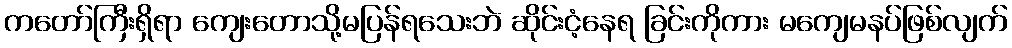
ကတော်ကြီးရှိရာ ကျေးတောသို့မပြန်ရသေးဘဲ ဆိုင်းငံ့နေရ ခြင်းကိုကား မကျေမနပ်ဖြစ်လျက်